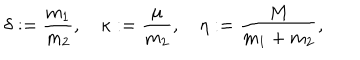
LaTeX: \delta : = \frac { m _ { 1 } } { m _ { 2 } } , \quad \kappa : = \frac { \mu } { m _ { 2 } } , \quad \eta : = \frac { M } { m _ { 1 } + m _ { 2 } } ,